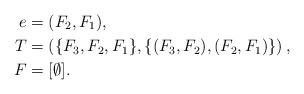
LaTeX: \begin{align*} e&=(F_2,F_1),\\ T&=\left(\{F_3,F_2,F_1\},\{(F_3,F_2),(F_2,F_1)\}\right),\\ F&= [\emptyset].\end{align*}